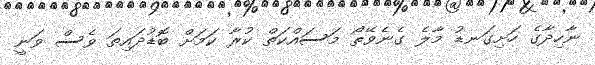
ނާހިދާގެ ހަށިގަނޑު މާލެ ގެނެވޭތޯ މަސައްކަތް ކުރާ ކަމަށް ބޮޑުދައިތަ ވެސް ވަނީ